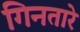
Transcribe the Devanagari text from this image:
गिनतारे